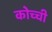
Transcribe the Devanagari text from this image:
कोच्‍ची